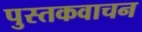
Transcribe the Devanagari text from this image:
पुस्तकवाचन